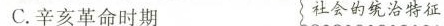
C.辛亥革命时期 社会的统治特征